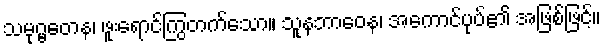
သမုဂ္ဗတေန၊ ဖူးရောင်ကြွတက်သော။ သူနဘာဝေန၊ အကောင်ပုပ်၏ အဖြစ်ဖြင့်။